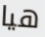
هيا